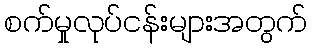
စက်မှုလုပ်ငန်းများအတွက်